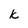
Character: k